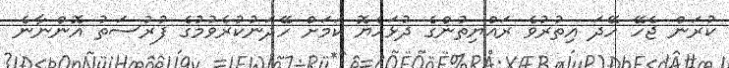
ކުރަން ޖެހޭ ހޭދަ އިތުރުވެ ރައްޔިތުންގެ ދުޅަހެޔޮ ކަމަށް ހޭދަނުކުރެވުމުގެ ފުރުސަތު އޮންނާނެ